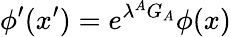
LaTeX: \phi^{\prime}(x^{\prime})=e^{\lambda^{A}G_{A}}\phi(x)